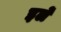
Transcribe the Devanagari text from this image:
इर्ले